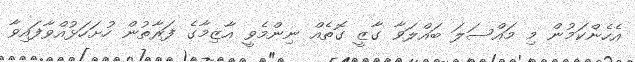
އެހެންކަމުން މި މައްސަލަ ބައްލަވާ ގާޒީ ގޮތެއް ނިންމެވީ އާޒިމާގެ ފަރާތުން ހުށަހަޅުއްވާފައިވާ